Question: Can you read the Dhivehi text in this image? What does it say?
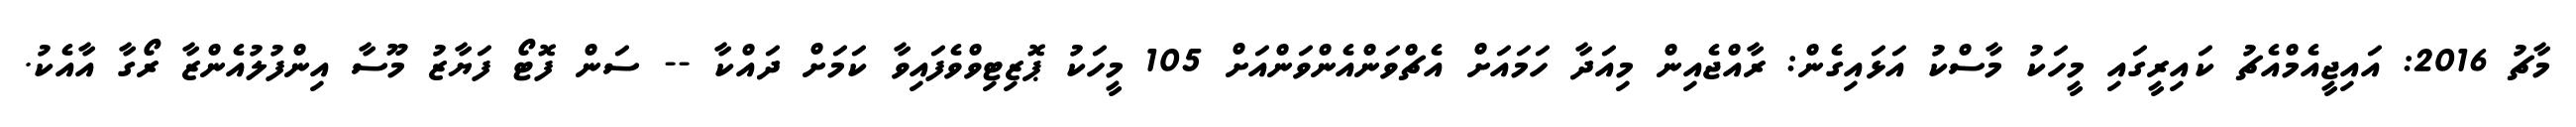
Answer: މާޗު 2016: އައިޖީއެމްއެޗު ކައިރީގައި މީހަކު މާސްކު އަޅައިގެން: ރާއްޖެއިން މިއަދާ ހަމައަށް އެޗްވަންއެންވަންއަށް 105 މީހަކު ޕޮޒިޓިވްވެފައިވާ ކަމަށް ދައްކާ -- ސަން ފޮޓޯ ފަޔާޒު މޫސާ އިންފުލުއެންޒާ ރޯގާ އާއެކު.